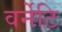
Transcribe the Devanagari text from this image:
वर्नेटि